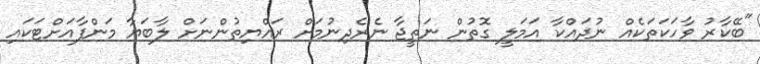
"ބޭކާރު ވާހަކަތަކެއް ނުދައްކާ އަމަލީ ގޮތުން ނަތީޖާ ނެރެދިނުމަށް ރައްޔިތުންނަށް ލާބަޔާ މަންފާއަށްޓަކައި